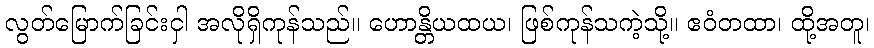
လွတ်မြောက်ခြင်းငှါ အလိုရှိကုန်သည်။ ဟောန္တိယထယ၊ ဖြစ်ကုန်သကဲ့သို့။ ဧဝံတထာ၊ ထို့အတူ၊